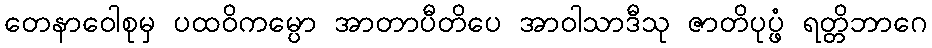
တေနာဝေါစုမှ ပထဝိကမ္ပော အာတာပီတိပေ အာဝါသာဒီသု ဇာတိပုပ္ဖံ ရတ္တိဘာဂေ